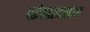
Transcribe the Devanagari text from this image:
संसाधान